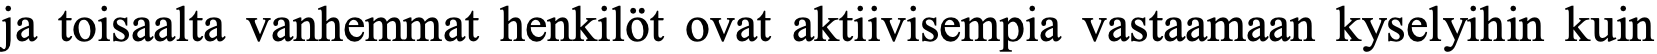
ja toisaalta vanhemmat henkilöt ovat aktiivisempia vastaamaan kyselyihin kuin